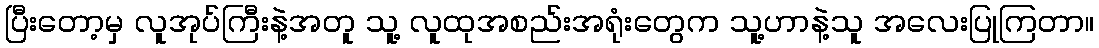
ပြီးတော့မှ လူအုပ်ကြီးနဲ့အတူ သူ့ လူထုအစည်းအရုံးတွေက သူ့ဟာနဲ့သူ အလေးပြုကြတာ။